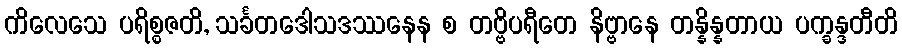
ကိလေသေ ပရိစ္စဇတိ, သင်္ခတဒေါသဒဿနေန စ တဗ္ဗိပရီတေ နိဗ္ဗာနေ တန္နိန္နတာယ ပက္ခန္ဒတီတိ